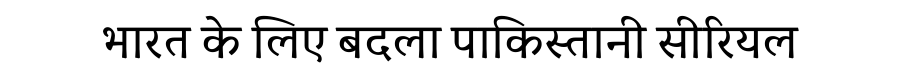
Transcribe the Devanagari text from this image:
भारत के लिए बदला पाकिस्तानी सीरियल